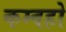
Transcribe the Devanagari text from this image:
कम्वहो